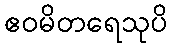
ဧဝမိတရေသုပိ